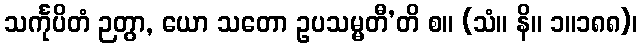
သင်္ကုပိတံ ဉတွာ, ယော သတော ဥပသမ္မတီ’တိ စ။ (သံ။ နိ။ ၁။၁၈၈)၊